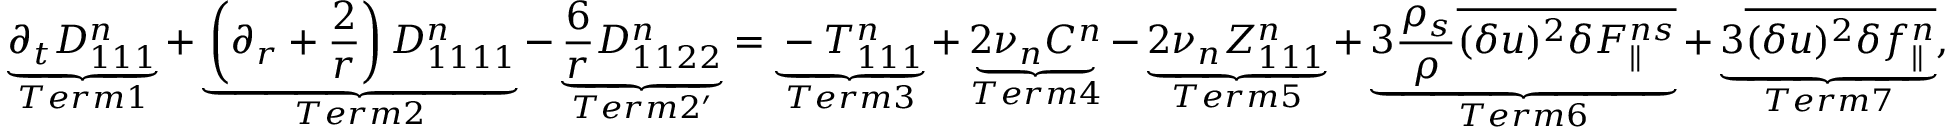
\underbrace { \partial _ { t } D _ { 1 1 1 } ^ { n } } _ { T e r m 1 } + \underbrace { \left( \partial _ { r } + \frac { 2 } { r } \right) D _ { 1 1 1 1 } ^ { n } } _ { T e r m 2 } - \underbrace { \frac { 6 } { r } D _ { 1 1 2 2 } ^ { n } } _ { T e r m 2 ^ { \prime } } = \underbrace { - T _ { 1 1 1 } ^ { n } } _ { T e r m 3 } + \underbrace { 2 \nu _ { n } C ^ { n } } _ { T e r m 4 } - \underbrace { 2 \nu _ { n } Z _ { 1 1 1 } ^ { n } } _ { T e r m 5 } + \underbrace { 3 \frac { \rho _ { s } } { \rho } \overline { { ( \delta u ) ^ { 2 } \delta F _ { \parallel } ^ { n s } } } } _ { T e r m 6 } + \underbrace { 3 \overline { { ( \delta u ) ^ { 2 } \delta f _ { \parallel } ^ { n } } } } _ { T e r m 7 } ,